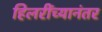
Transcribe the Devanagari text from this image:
हिलरींच्यानंतर